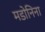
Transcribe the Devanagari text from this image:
मडोनिना